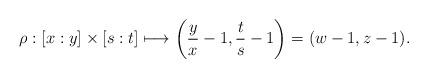
LaTeX: \begin{align*}\rho:[x:y]\times [s:t]\longmapsto \left(\frac{y}{x}-1,\frac{t}{s}-1\right)=(w-1,z-1).\end{align*}